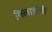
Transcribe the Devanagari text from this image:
गिलार्डोनी